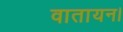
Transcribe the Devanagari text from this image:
वातायन।